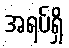
အရပ်ရှိ